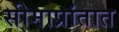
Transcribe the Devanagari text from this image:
सीमाप्रांतात